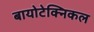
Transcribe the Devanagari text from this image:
बायोटेक्निकल